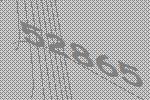
52865